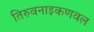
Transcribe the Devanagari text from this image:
तिरुवनाइकणवल